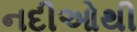
નદીઓથી